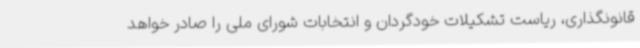
قانونگذاری، ریاست تشکیلات خودگردان و انتخابات شورای ملی را صادر خواهد